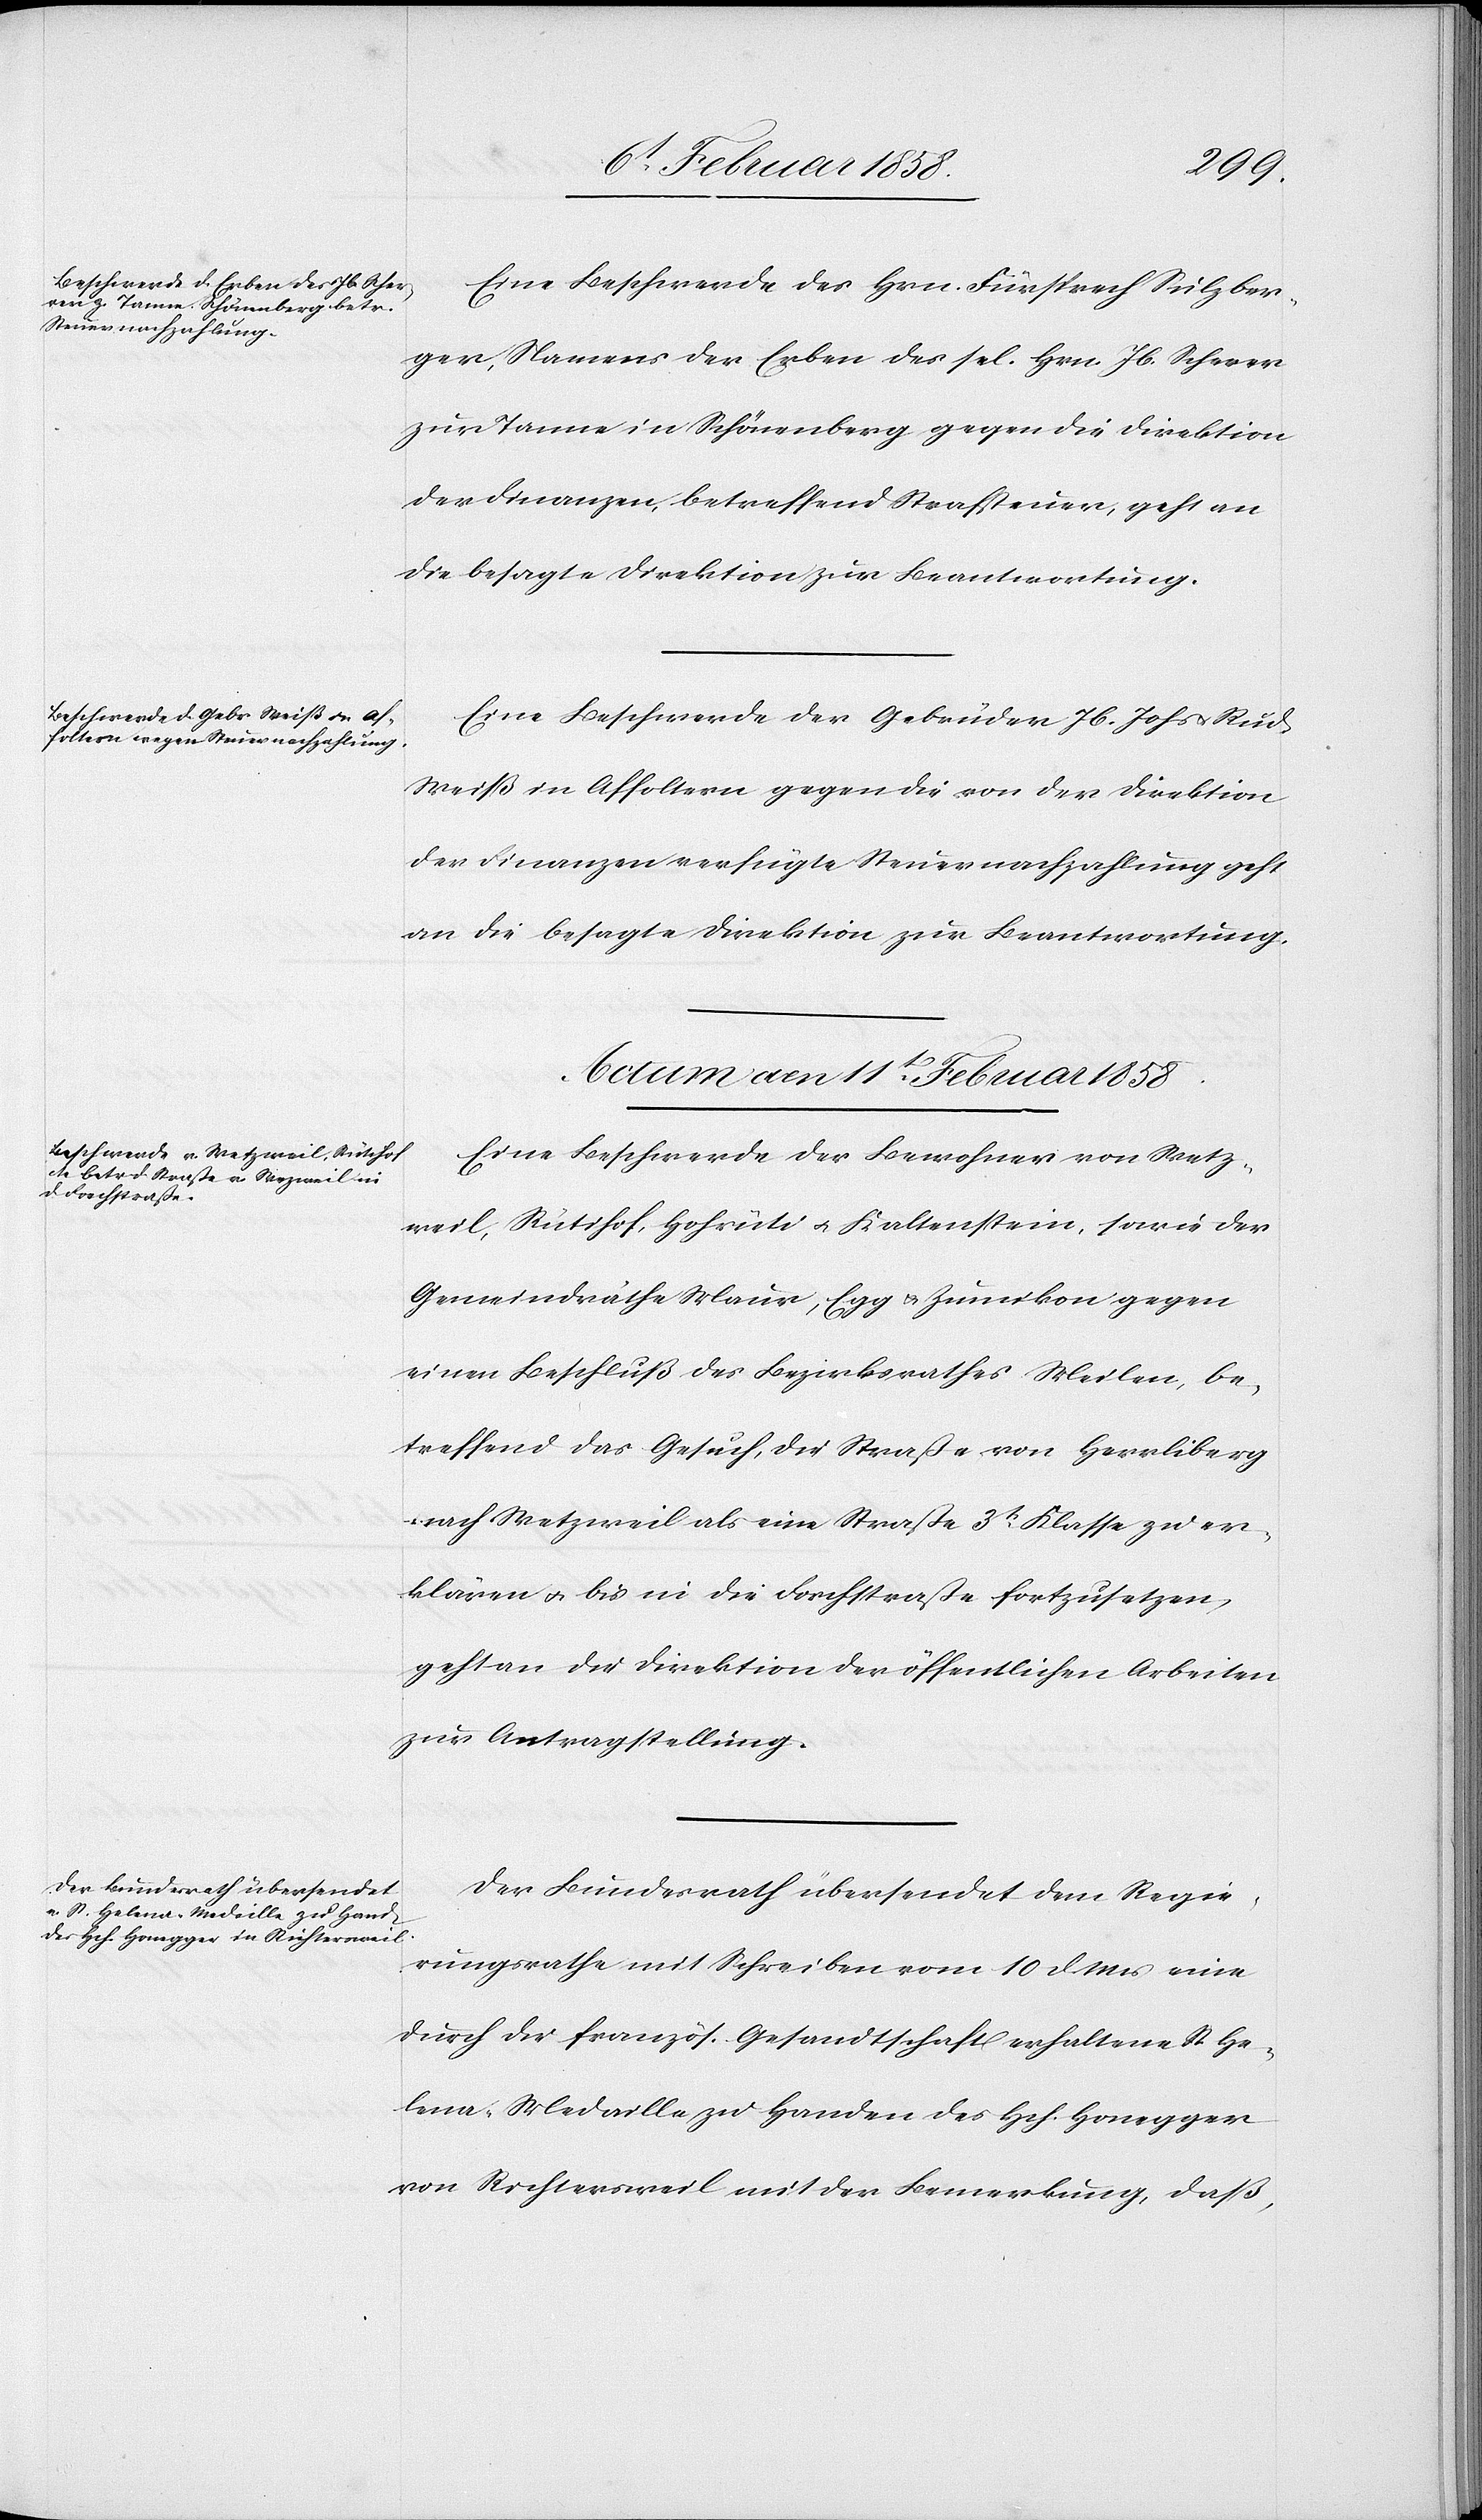
Eine Beschwerde des Hrn. Fürsprech Sulzber¬
ger, Namens der Erben des sel. Hrn. Jb. Scherer
zur Tanne in Schönenberg gegen die Direktion
der Finanzen, betreffend Strafsteuer, geht an
die besagte Direktion zur Beantwortung.
Eine Beschwerde der Gebrüder Jb. Johs. u. Rud.
Weiß in Affoltern gegen die von der Direktion
der Finanzen verfügte Steuernachzahlung geht
an die besagte Direktion zur Beantwortung.
Actum den 11t Februar 1858.]
Eine Beschwerde der Bewohner von Wetz¬
weil, Rütishof, Hohrüti u. Kaltenstein, sowie der
Gemeindräthe Maur, Egg u. Zumikon gegen
einen Beschluß des Bezirksrathes Meilen, be¬
treffend das Gesuch, die Straße von Herrliberg
nach Wetzweil als eine Straße 3t Klasse zu er¬
klären u. bis in die Forchstraße fortzusetzen,
geht an die Direktion der öffentlichen Arbeiten
zur Antragstellung.
Der Bundesrath übersendet dem Regie¬
rungsrathe mit Schreiben vom 10 d. Mts eine
durch die französ. Gesandtschaft erhaltene St. He¬
lena-Medaille zu Handen des Hch. Honegger
von Richtersweil mit der Bemerkung, daß,